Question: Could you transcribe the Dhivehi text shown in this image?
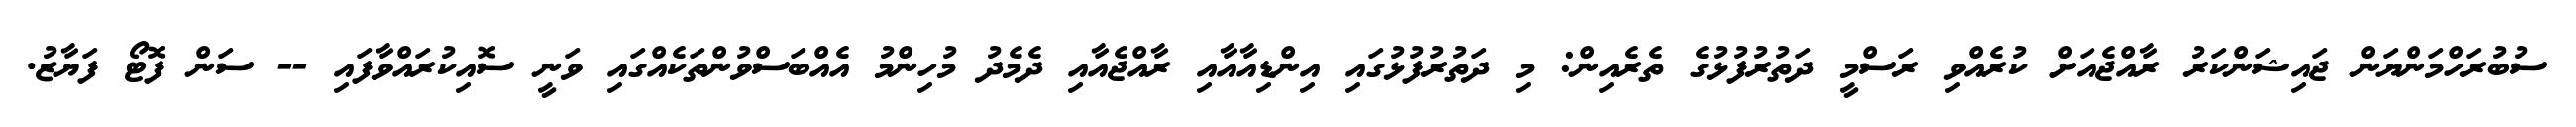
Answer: ސުބުރަހްމަންޔަން ޖައިޝަންކަރު ރާއްޖެއަށް ކުރެއްވި ރަސްމީ ދަތުރުފުޅުގެ ތެރެއިން: މި ދަތުރުފުޅުގައި އިންޑިއާއާއި ރާއްޖެއާއި ދެމެދު މުހިންމު އެއްބަސްވުންތަކެއްގައި ވަނީ ސޮއިކުރައްވާފައި -- ސަން ފޮޓޯ ފަޔާޒު.